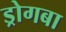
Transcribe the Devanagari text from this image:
ड्रोगबा